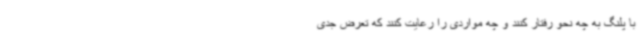
با پلنگ به چه نحو رفتار کنند و چه مواردی را رعایت کنند که تعرض جدی